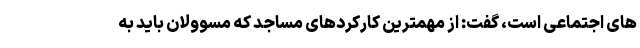
های اجتماعی است، گفت: از مهمترین کارکردهای مساجد که مسوولان باید به